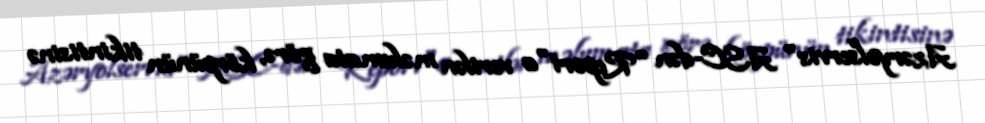
Azəryolservis" ASC-dən "Report"a verilən məlumata görə, körpünün tikintisinə